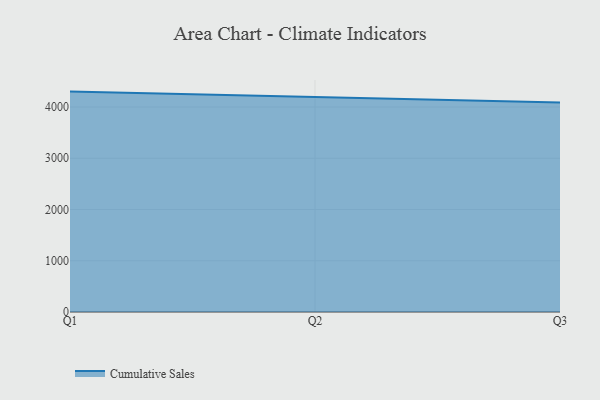
{"axis": {"x": "Quarter", "y": "Active Users"}, "legend": ["Cumulative Sales"], "data": [{"x": "Q1", "y": 4301.6, "type": "Cumulative Sales"}, {"x": "Q2", "y": 4188.7, "type": "Cumulative Sales"}, {"x": "Q3", "y": 4089.8, "type": "Cumulative Sales"}]}